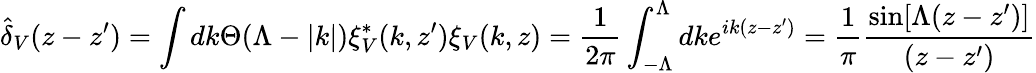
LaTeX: \hat{\delta}_{V}(z-z^{\prime})=\int dk\Theta(\Lambda-|k|)\xi_{V}^{*}(k,z^{\prime})\xi_{V}(k,z)=\frac{1}{2\pi}\int_{-\Lambda}^{\Lambda}dke^{ik(z-z^{\prime})}=\frac{1}{\pi}\frac{\sin[\Lambda(z-z^{\prime})]}{(z-z^{\prime})}